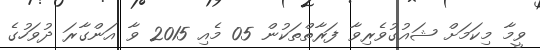
ވީމާ މިކަމަށް ޝައުގުވެރިވާ ފަރާތްތަކުން 05 މެއި 2015 ވާ އަންގާރަ ދުވަހުގެ